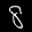
Label: 8